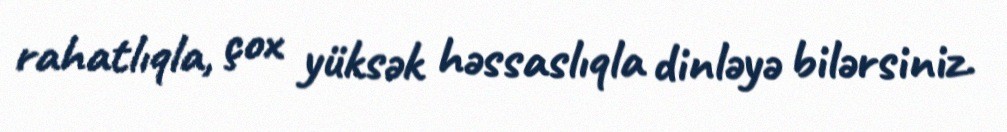
rahatlıqla, çox yüksək həssaslıqla dinləyə bilərsiniz.